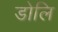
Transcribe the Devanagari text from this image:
डोलि